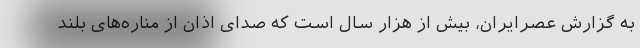
به گزارش عصرایران، بیش از هزار سال است که صدای اذان از مناره‌های بلند